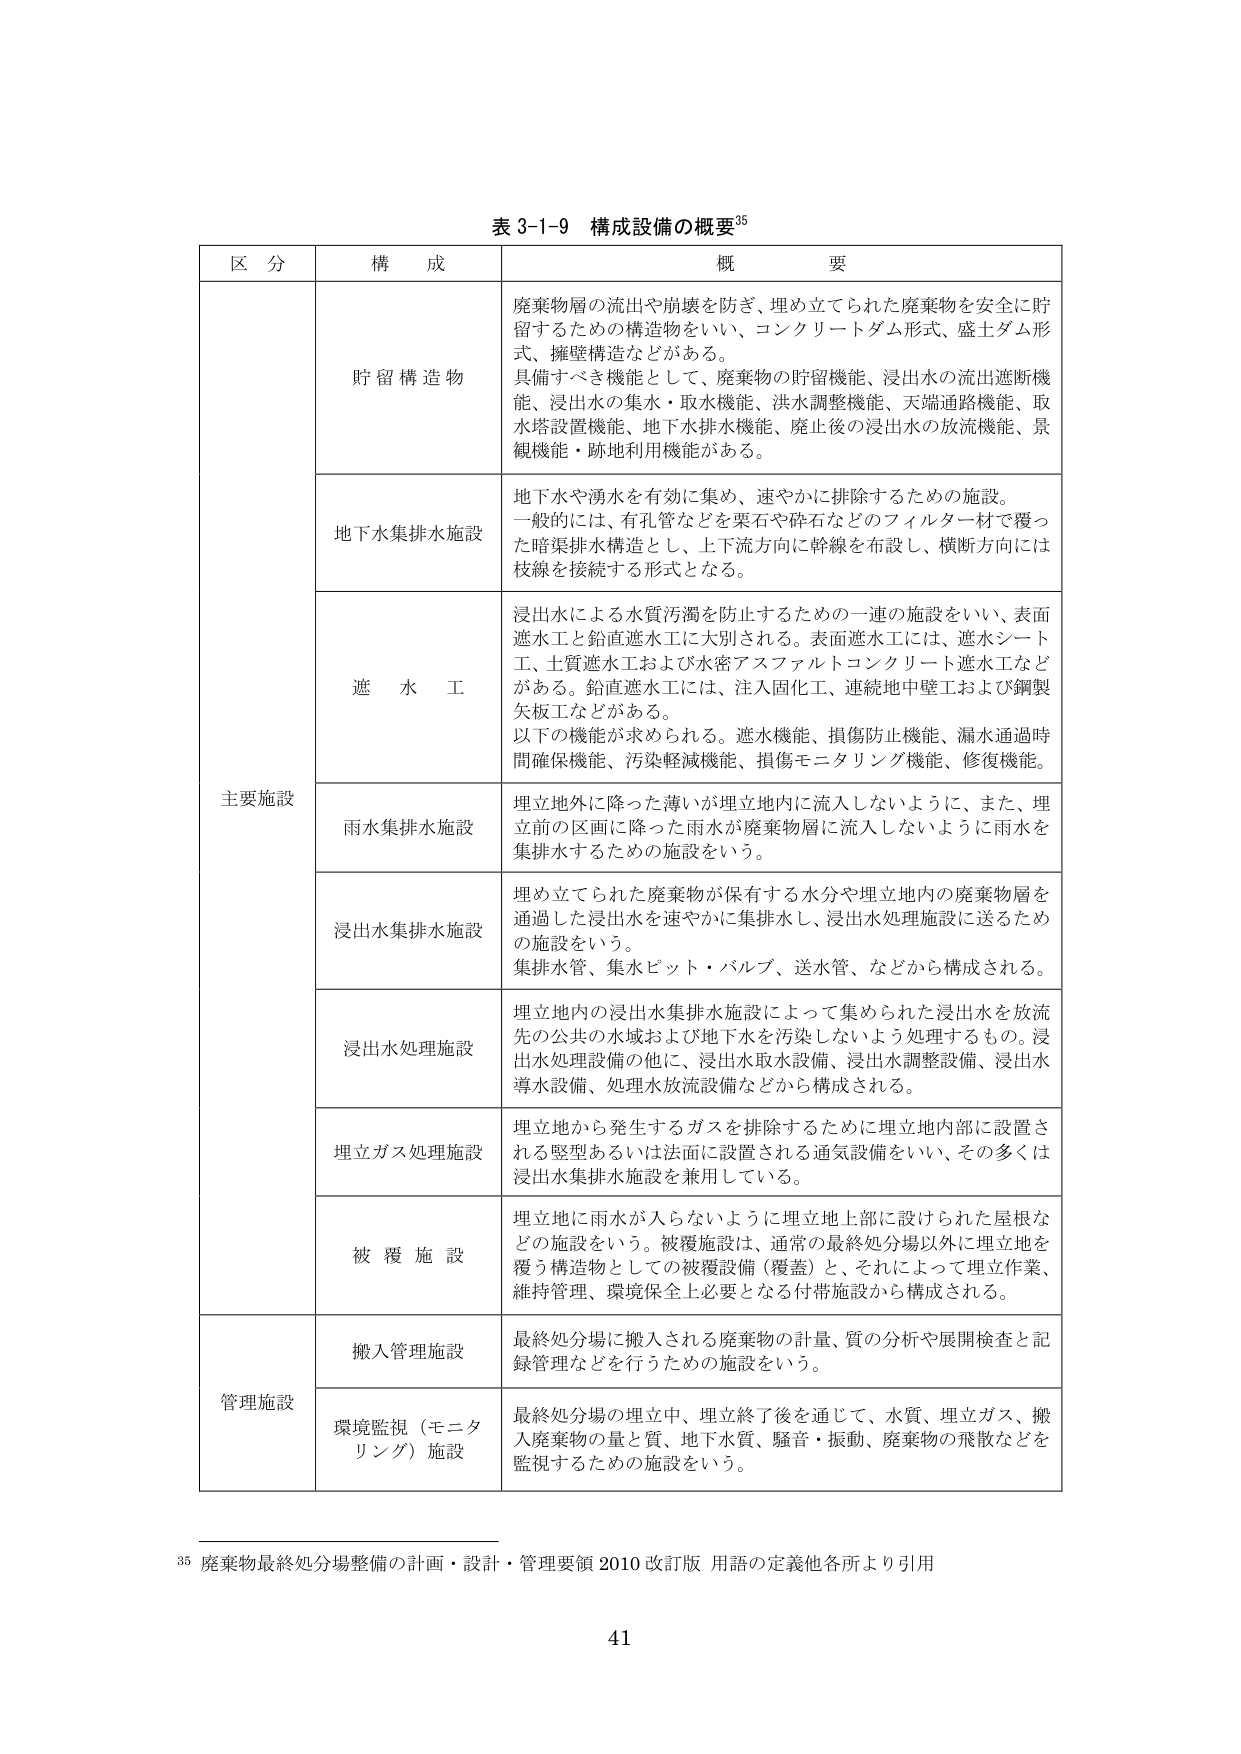
表 3-1-9 構成設備の概要³⁵

区 分 構 成 概 要

主要施設 貯留構造物 廃棄物層の流出や崩壊を防ぎ、埋め立てられた廃棄物を安全に貯留するための構造物をいい、コンクリートダム形式、盛土ダム形式、擁壁構造などがある。
具備すべき機能として、廃棄物の貯留機能、浸出水の流出遮断機能、浸出水の集水・取水機能、洪水調整機能、天端通路機能、取水塔設置機能、地下水排水機能、廃止後の浸出水の放流機能、景観機能・跡地利用機能がある。

地下水集排水施設 地下水や湧水を有効に集め、速やかに排除するための施設。一般的には、有孔管などを栗石や砕石などのフィルター材で覆った暗渠排水構造とし、上下流方向に幹線を布設し、横断方向には枝線を接続する形式となる。

遮水工 浸出水による水質汚濁を防止するための一連の施設をいい、表面遮水工と鉛直遮水工に大別される。表面遮水工には、遮水シート工、土質遮水工および水密アスファルトコンクリート遮水工などがある。鉛直遮水工には、注入固化工、連続地中壁工および鋼製矢板工などがある。
以下の機能が求められる。遮水機能、損傷防止機能、漏水通過時間確保機能、汚染軽減機能、損傷モニタリング機能、修復機能。

雨水集排水施設 埋立地外に降った薄いが埋立地内に流入しないように、また、埋立前の区画に降った雨水が廃棄物層に流入しないように雨水を集排水するための施設をいう。

浸出水集排水施設 埋め立てられた廃棄物が保有する水分や埋立地内の廃棄物層を通過した浸出水を速やかに集排水し、浸出水処理施設に送るための施設をいう。
集排水管、集水ピット・バルブ、送水管、などから構成される。

浸出水処理施設 埋立地内の浸出水集排水施設によって集められた浸出水を放流先の公共の水域および地下水を汚染しないよう処理するもの。浸出水処理設備の他に、浸出水取水設備、浸出水調整設備、浸出水導水設備、処理水放流設備などから構成される。

埋立ガス処理施設 埋立地から発生するガスを排除するために埋立地内部に設置される竪型あるいは法面に設置される通気設備をいい、その多くは浸出水集排水施設を兼用している。

被覆施設 埋立地に雨水が入らないように埋立地上部に設けられた屋根などの施設をいう。被覆施設は、通常の最終処分場以外に埋立地を覆う構造物としての被覆設備（覆蓋）と、それによって埋立作業、維持管理、環境保全上必要となる付帯施設から構成される。

管理施設 搬入管理施設 最終処分場に搬入される廃棄物の計量、質の分析や展開検査と記録管理などを行うための施設をいう。

環境監視（モニタリング）施設 最終処分場の埋立中、埋立終了後を通じて、水質、埋立ガス、搬入廃棄物の量と質、地下水質、騒音・振動、廃棄物の飛散などを監視するための施設をいう。

³⁵ 廃棄物最終処分場整備の計画・設計・管理要領 2010 改訂版 用語の定義他各所より引用

41